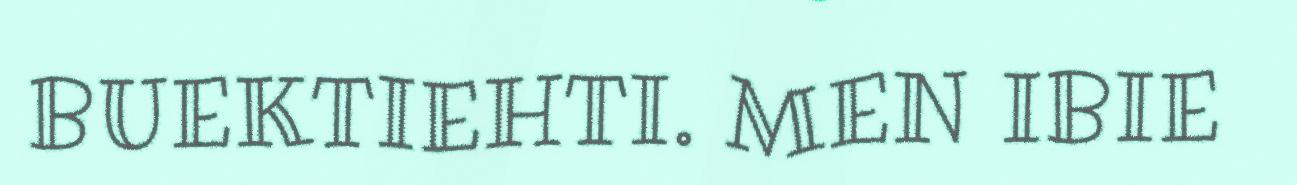
BUEKTIEHTI. MEN IBIE